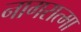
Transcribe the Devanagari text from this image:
नागरात्मा